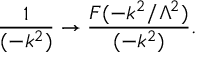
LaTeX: { \frac { 1 } { ( - k ^ { 2 } ) } } \to { \frac { F ( - k ^ { 2 } / \Lambda ^ { 2 } ) } { ( - k ^ { 2 } ) } } .